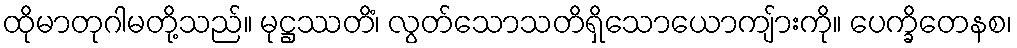
ထိုမာတုဂါမတို့သည်။ မုဋ္ဌဿတိံ၊ လွတ်သောသတိရှိသောယောကျ်ားကို။ ပေက္ခိတေနစ၊